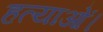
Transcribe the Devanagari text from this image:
हत्याओं।